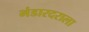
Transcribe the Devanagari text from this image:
भंडारदराला